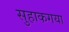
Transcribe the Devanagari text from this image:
सुहाकगया